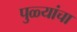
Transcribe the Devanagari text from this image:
पुळ्यांचा